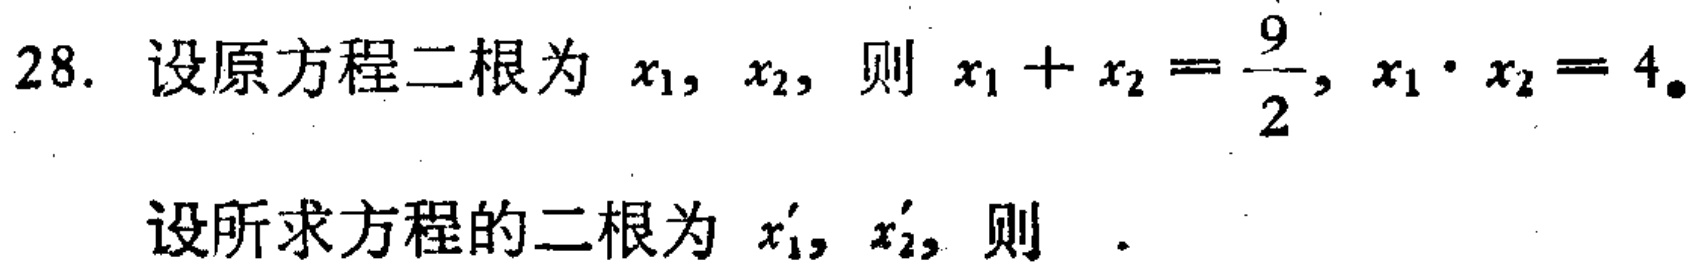
28. 设原方程二根为 \(x_1, x_2\)，则 \(x_1 + x_2 = \frac{9}{2}, x_1 \cdot x_2 = 4\)。
设所求方程的二根为 \(x_1', x_2'\)，则  .